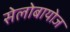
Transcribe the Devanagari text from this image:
सेलोबायोज